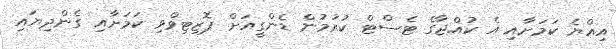
އިއްޔެ ކަމަށާއި އެ ކުއްޖާގެ ޓެސްޓް ކުރުމުން ޑެންގީއަށް ޕޮޒިޓިވްވި ކަމަށާއި ގެންދިޔައި